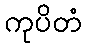
ကုပိတံ